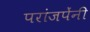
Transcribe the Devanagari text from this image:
परांजपेंनी